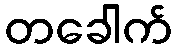
တခေါက်